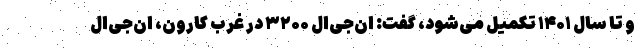
و تا سال ۱۴۰۱ تکمیل می‌شود، گفت: ان‌جی‌ال ۳۲۰۰ در غرب کارون، ان‌جی‌ال